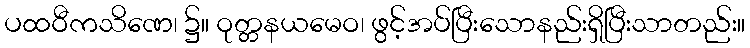
ပထဝီကသိဏေ၊ ၌။ ဝုတ္တနယမေဝ၊ ဖွင့်အပ်ပြီးသောနည်းရှိပြီးသာတည်း။